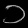
Digit: ၁